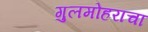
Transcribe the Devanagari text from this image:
गुलमोहराचा